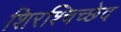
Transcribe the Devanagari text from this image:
शिरश्चिच्छेद